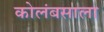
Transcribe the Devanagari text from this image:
कोलंबसाला